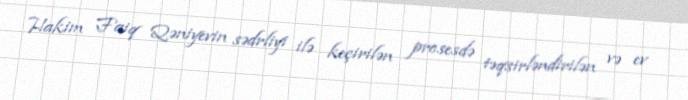
Hakim Faiq Qəniyevin sədrliyi ilə keçirilən prosesdə təqsirləndirilən və ev